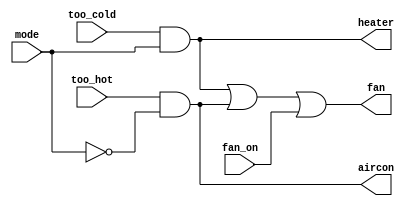
module top_module(
  input too_cold, //a
  input too_hot,  //b
  input mode,     //c
  input fan_on,   //d
  output heater,
  output aircon,
  output fan
);

//heater = ac
//aircon = bc'
//fan = ac + bc' + d

assign heater = too_cold & mode;
assign aircon = too_hot & (~mode);

//assign fan = (too_cold & mode) | (too_hot & (~mode)) | fan_on;
//output wire assign right hand side   !!
assign fan = heater | aircon | fan_on;

endmodule